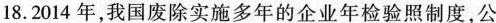
18. 2014年，我国废除实施多年的企业年检验照制度，公